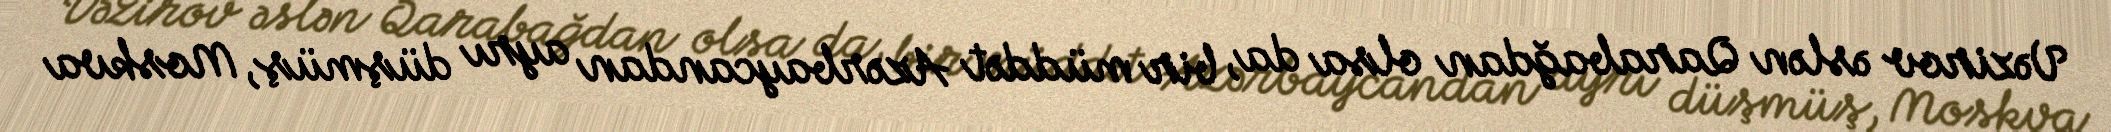
Vəzirov əslən Qarabağdan olsa da, bir müddət Azərbaycandan ayrı düşmüş, Moskva